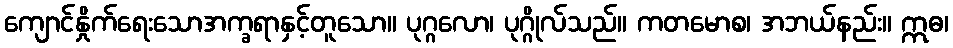
ကျောင်နှိုက်ရေးသောအက္ခရာနှင့်တူသော။ ပုဂ္ဂလော၊ ပုဂ္ဂိုလ်သည်။ ကတမောစ၊ အဘယ်နည်း။ ဣဓ၊